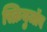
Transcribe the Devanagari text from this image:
स्क्रियुजॉब